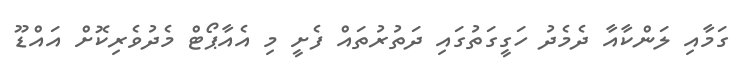
ގަމާއި ލަންކާއާ ދެމެދު ހަގީގަތުގައި ދަތުރުތައް ފެށީ މި އެއާޕޯޓް މެދުވެރިކޮށް އައްޑޫ